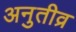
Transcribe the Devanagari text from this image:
अनुतीव्र